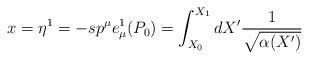
LaTeX: \begin{align*}x=\eta^1 = -sp^{\mu}e^1_{\mu}(P_0)=\int^{X_1}_{X_0}dX' \frac{1}{\sqrt{\alpha(X')}}\end{align*}